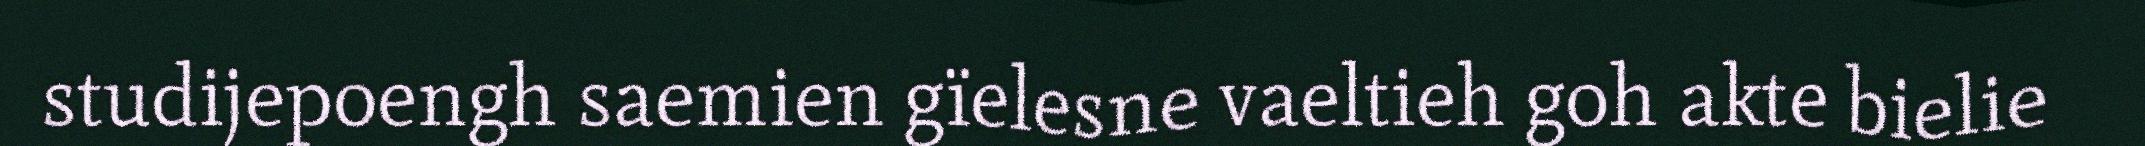
studijepoengh saemien gïelesne vaeltieh goh akte bielie